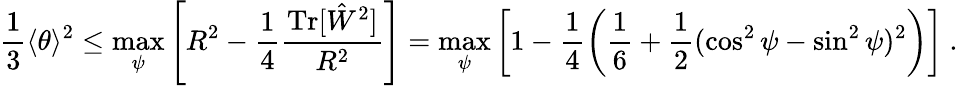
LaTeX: \frac{1}{3}\langle\theta\rangle^{2}\leq\operatorname*{max}_{\psi}\left[R^{2}-\frac{1}{4}\frac{\textrm{Tr}[\hat{W}^{2}]}{R^{2}}\right]=\operatorname*{max}_{\psi}\left[1-\frac{1}{4}\left(\frac{1}{6}+\frac{1}{2}(\cos^{2}\psi-\sin^{2}\psi)^{2}\right)\right]\ .